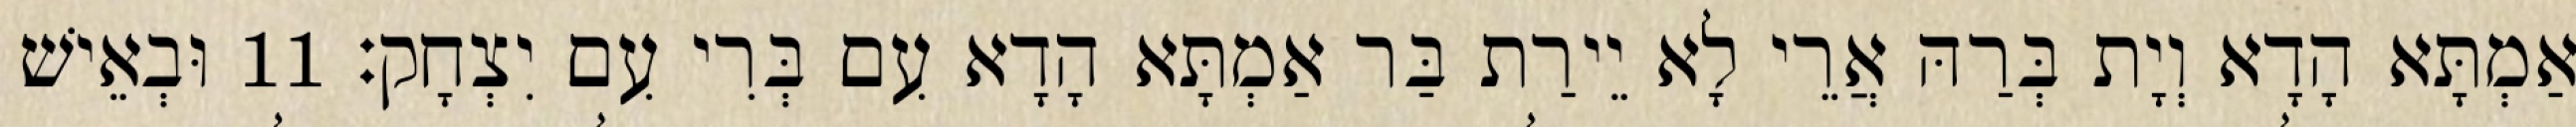
אַמְתָּא הָדָא וְיָת בְּרַהּ אֲרֵי לָא יֵירַת בַּר אַמְתָּא הָדָא עִם בְּרִי עִם יִצְחָק׃ 11 וּבְאֵישׁ